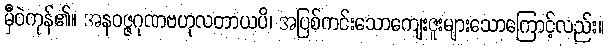
မှီဝဲကုန်၏။ အနဝဇ္ဇဂုဏဗဟုလတာယပိ၊ အပြစ်ကင်းသောကျေးဇူးများသောကြောင့်လည်း။